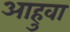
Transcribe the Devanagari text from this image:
आहुवा